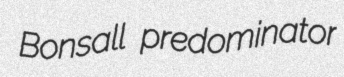
Bonsall predominator